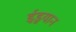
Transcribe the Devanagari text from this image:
ईडुयान